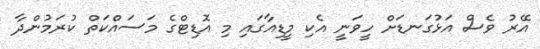
އޭރު ވެސް އަޅުގަނޑަށް ހީވަނީ އެކި މީޑިއާގައި މި އޮޑިޓްގެ މަސައްކަތް ކުރަމުންދާ